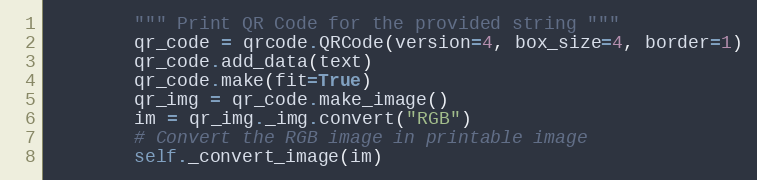
Language: Python
        """ Print QR Code for the provided string """
        qr_code = qrcode.QRCode(version=4, box_size=4, border=1)
        qr_code.add_data(text)
        qr_code.make(fit=True)
        qr_img = qr_code.make_image()
        im = qr_img._img.convert("RGB")
        # Convert the RGB image in printable image
        self._convert_image(im)